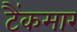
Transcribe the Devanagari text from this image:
टैंकमार